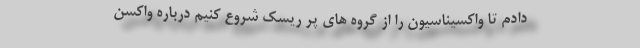
دادم تا واکسیناسیون را از گروه های پر ریسک شروع کنیم درباره واکسن